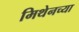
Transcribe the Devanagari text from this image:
मिथेनच्या